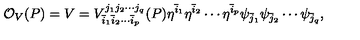
{ \cal O } _ { V } ( P ) = V = V _ { { \bar { i } } _ { 1 } { \bar { i } } _ { 2 } \cdots { \bar { i } } _ { p } } ^ { j _ { 1 } j _ { 2 } \cdots j _ { q } } ( P ) \eta ^ { \bar { i } _ { 1 } } \eta ^ { \bar { i } _ { 2 } } \cdots \eta ^ { \bar { i } _ { p } } \psi _ { \bar { j } _ { 1 } } \psi _ { \bar { j } _ { 2 } } \cdots \psi _ { \bar { j } _ { q } } ,